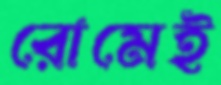
রোমেই